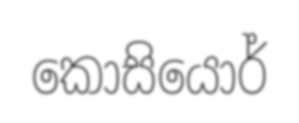
කොසියොර්